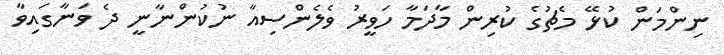
ނިންމަން ކުޅޭ މެޗުގެ ކުރިން މާދަމާ ހަވީރު ވެލެންސިއާ ނުކުންނާނީ ދެ ވަނާގައިވާ